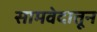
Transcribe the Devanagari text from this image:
सामवेदातून